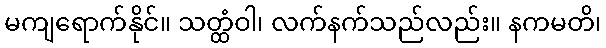
မကျရောက်နိုင်။ သတ္ထံဝါ၊ လက်နက်သည်လည်း။ နကမတိ၊